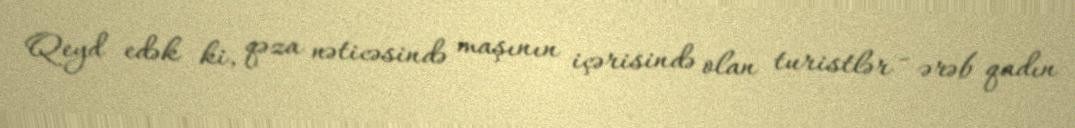
Qeyd edək ki, qəza nəticəsində maşının içərisində olan turistlər - ərəb qadın